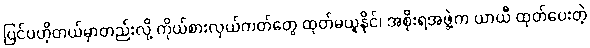
ပြင်ပဟိုတယ်မှာတည်းလို့ ကိုယ်စားလှယ်ကတ်တွေ ထုတ်မယူနိုင်၊ အစိုးရအဖွဲ့က ယာယီ ထုတ်ပေးတဲ့